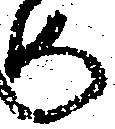
め